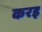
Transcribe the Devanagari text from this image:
करइ